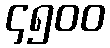
၄၅၀၀